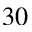
3 0